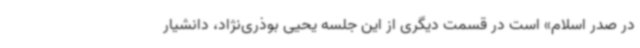
در صدر اسلام» است در قسمت دیگری از این جلسه یحیی بوذری‌نژاد، دانشیار